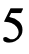
5